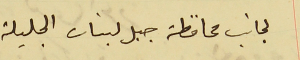
لجانب محافظة جبل لبنان الجليلة